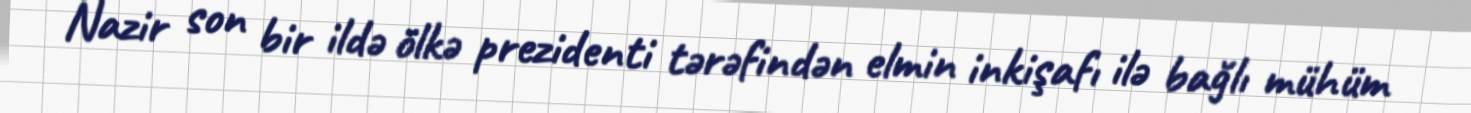
Nazir son bir ildə ölkə prezidenti tərəfindən elmin inkişafı ilə bağlı mühüm